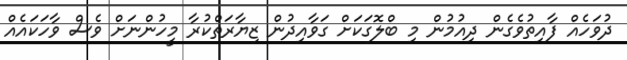
ދުވަހެއް ފާއިތުވެގެން ދިއުމުން މި ބްލޮގަކަށް ގަވާއިދުން ޒިޔާރަތްކުރާ މީހުންނަށް ވެސް ވާހަކައެއް